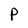
Character: P